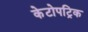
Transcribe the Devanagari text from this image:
केटोपट्रिक